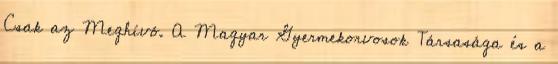
Csak az Meghívó. A Magyar Gyermekorvosok Társasága és a